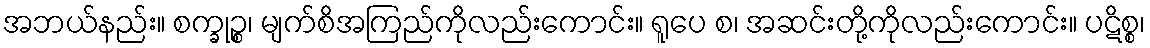
အဘယ်နည်း။ စက္ခုဉ္စ၊ မျက်စိအကြည်ကိုလည်းကောင်း။ ရူပေ စ၊ အဆင်းတို့ကိုလည်းကောင်း။ ပဋိစ္စ၊